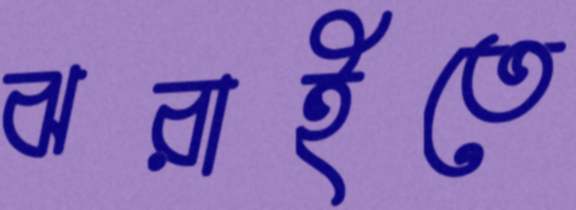
ঝরাইতে